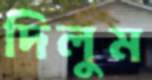
দিলুম